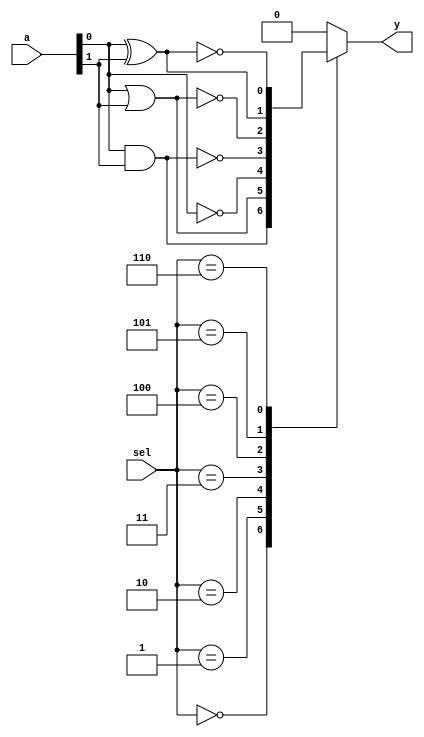
module covered_cells (
    input wire [1:0] a,        // 2-bit input for logical operations
    input wire [2:0] sel,      // 3-bit selector for function choice
    output reg y               // Output of the logical operation
);

    // Define the logical functions based on the selector
    always @(*) begin
        case (sel)
            3'b000: y = a[0] & a[1];  // AND
            3'b001: y = a[0] | a[1];  // OR
            3'b010: y = ~a[0];        // NOT (inverted a[0])
            3'b011: y = ~(a[0] & a[1]); // NAND
            3'b100: y = ~(a[0] | a[1]); // NOR
            3'b101: y = a[0] ^ a[1];  // XOR
            3'b110: y = ~(a[0] ^ a[1]); // XNOR
            default: y = 1'b0;        // Default case
        endcase
    end

endmodule